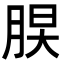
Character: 𦜃